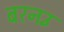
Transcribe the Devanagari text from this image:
बरनउँ